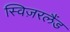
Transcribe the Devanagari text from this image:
स्विज़रलैंड